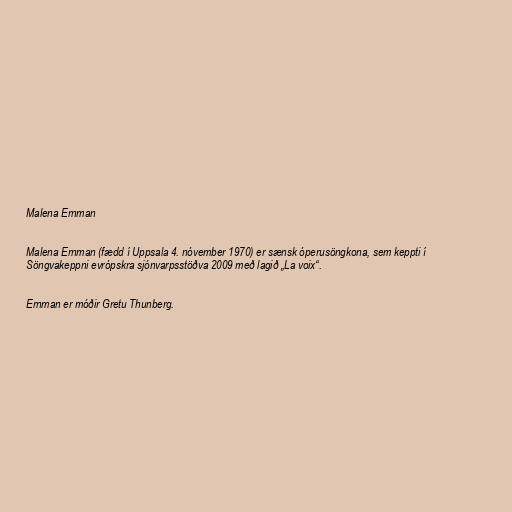
Malena Ernman

Malena Ernman (fædd í Uppsala 4. nóvember 1970) er sænsk óperusöngkona, sem keppti í
Söngvakeppni evrópskra sjónvarpsstöðva 2009 með lagið „La voix“.

Ernman er móðir Gretu Thunberg.